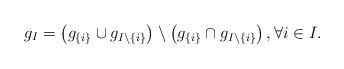
LaTeX: \begin{align*}g_I = \big(g_{\{i\}}\cup g_{I\setminus\{i\}}\big)\setminus \big(g_{\{i\}} \cap g_{I\setminus\{i\}}\big)\,,\forall i\in I.\end{align*}